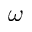
\omega